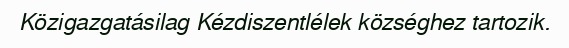
Közigazgatásilag Kézdiszentlélek községhez tartozik.